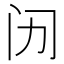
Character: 𱐪